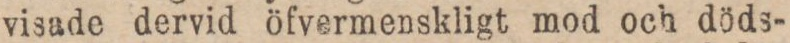
visade dervid öfvermenskligt mod och döds-